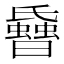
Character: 𱢳